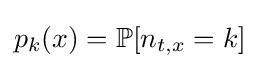
p_{k}(x)=\mathbb {P} [n_{t,x}=k]